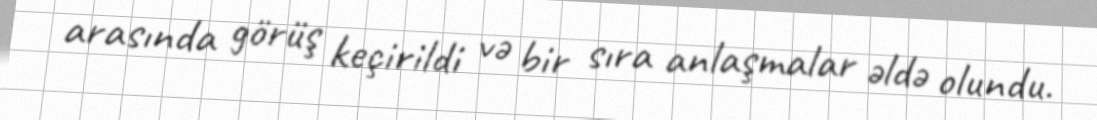
arasında görüş keçirildi və bir sıra anlaşmalar əldə olundu.